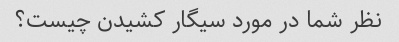
نظر شما در مورد سیگار کشیدن چیست؟